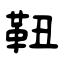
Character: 靵